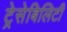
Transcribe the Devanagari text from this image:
ट्रेसेबिलिटी